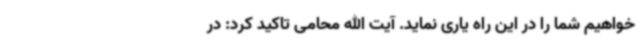
خواهیم شما را در این راه یاری نماید. آیت الله محامی تاکید کرد: در